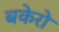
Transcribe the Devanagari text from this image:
बकेरो